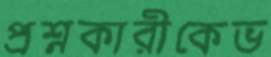
প্রশ্নকারীকেভ